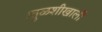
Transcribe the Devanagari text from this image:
।तुळशीखाली